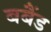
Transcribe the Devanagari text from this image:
बबैंड